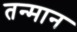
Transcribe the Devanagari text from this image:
तन्मान